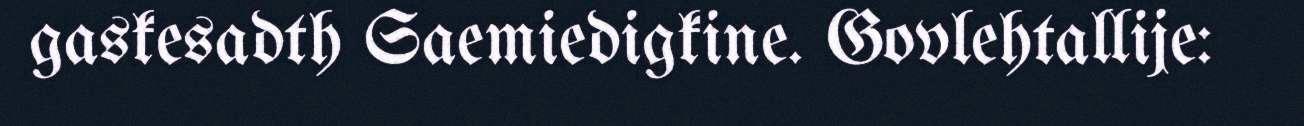
gaskesadth Saemiedigkine. Govlehtallije: